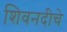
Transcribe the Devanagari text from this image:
शिवनदीचे